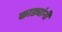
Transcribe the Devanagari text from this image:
काड्यांनी